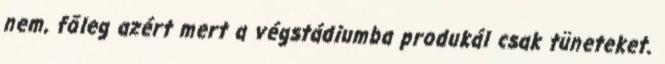
nem, főleg azért mert a végstádiumba produkál csak tüneteket.